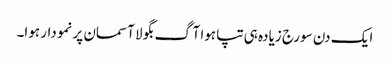
ایک دن سورج زیادہ ہی تپا ہوا آگ بگولا آسمان پر نمودار ہوا۔